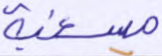
مسغبة